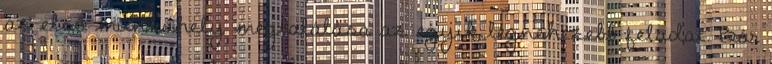
az első munkahely megtalálása az egyik legnehezebb feladat. Bár